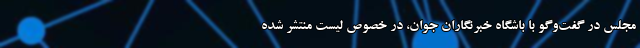
مجلس در گفت‌وگو با باشگاه خبرنگاران جوان، در خصوص لیست منتشر شده